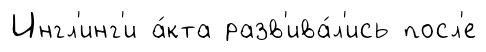
Ингл'инг'и а́кта разв'ива́л'ись посл'е